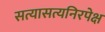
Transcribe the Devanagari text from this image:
सत्यासत्यनिरपेक्ष